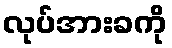
လုပ်အားခကို